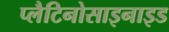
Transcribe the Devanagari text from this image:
प्लैटिनोसाइनाइड